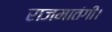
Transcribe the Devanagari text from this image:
राजमातंगी।